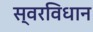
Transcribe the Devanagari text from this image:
स्वरविधान